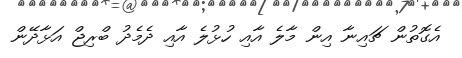
އެގޮތުން ޗައިނާ އިން މާލެ އާއި ހުޅުލެ އާއި ދެމެދު ބްރިޖް އަޅާދޭން